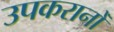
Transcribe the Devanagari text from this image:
उपकरानोँ